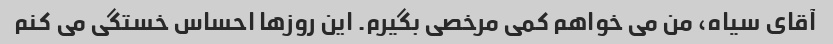
آقای سیاه، من می خواهم کمی مرخصی بگیرم. این روزها احساس خستگی می کنم